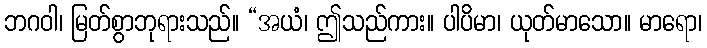
ဘဂဝါ၊ မြတ်စွာဘုရားသည်။ “အယံ၊ ဤသည်ကား။ ပါပိမာ၊ ယုတ်မာသော။ မာရော၊